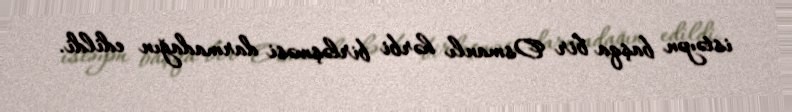
istəyən başqa bir Osmanlı hərbi birləşməsi darmadağın edildi.